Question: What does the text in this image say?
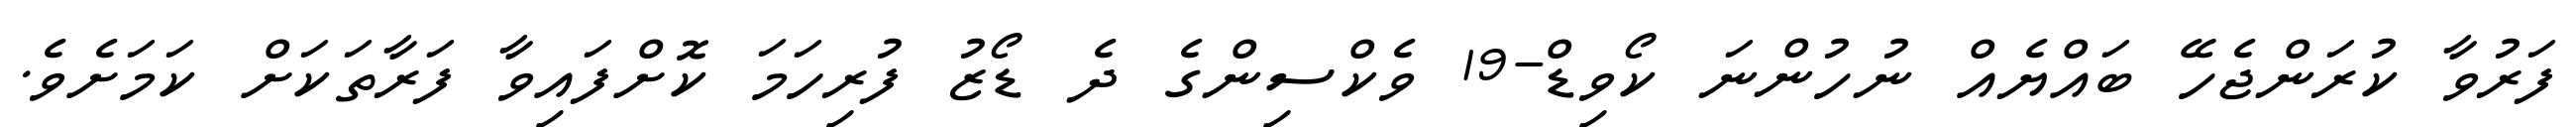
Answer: ފަރުވާ ކުރަންޖެހޭ ބައްޔެއް ނުހުންނަ ކޯވިޑް-19 ވެކްސިންގެ ދެ ޑޯޒު ފުރިހަމަ ކޮށްފައިވާ ފަރާތަކަށް ކަމަށެވެ.